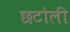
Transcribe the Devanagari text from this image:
छटोली